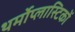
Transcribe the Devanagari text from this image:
थर्मोप्लास्टिकों